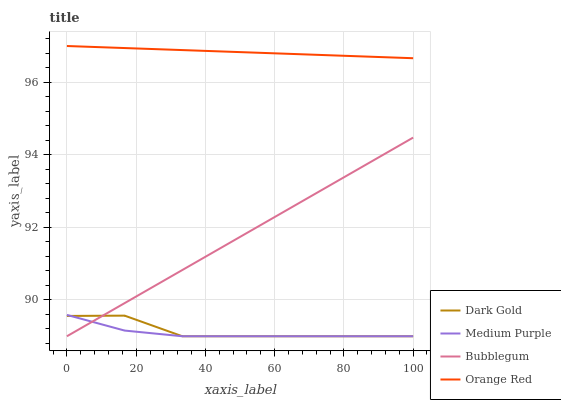
| xaxis_label | Dark Gold | Medium Purple | Bubblegum | Orange Red |
 | --- | --- | --- | --- | --- |
 | 0 | 89.6 | 89.6 | 89 | 97 |
 | 16.7 | 89.6 | 89.2 | 89.9 | 96.9 |
 | 33.3 | 89 | 89 | 90.8 | 96.9 |
 | 50 | 89 | 89 | 91.7 | 96.8 |
 | 66.7 | 89 | 89 | 92.7 | 96.8 |
 | 83.3 | 89 | 89 | 93.6 | 96.7 |
 | 100 | 89 | 89 | 94.5 | 96.7 |